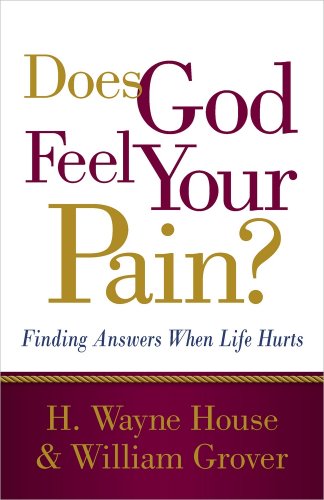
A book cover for Does God Feel Your Pain?: Finding Answers When Life Hurts; H. Wayne House; Christian Books & Bibles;